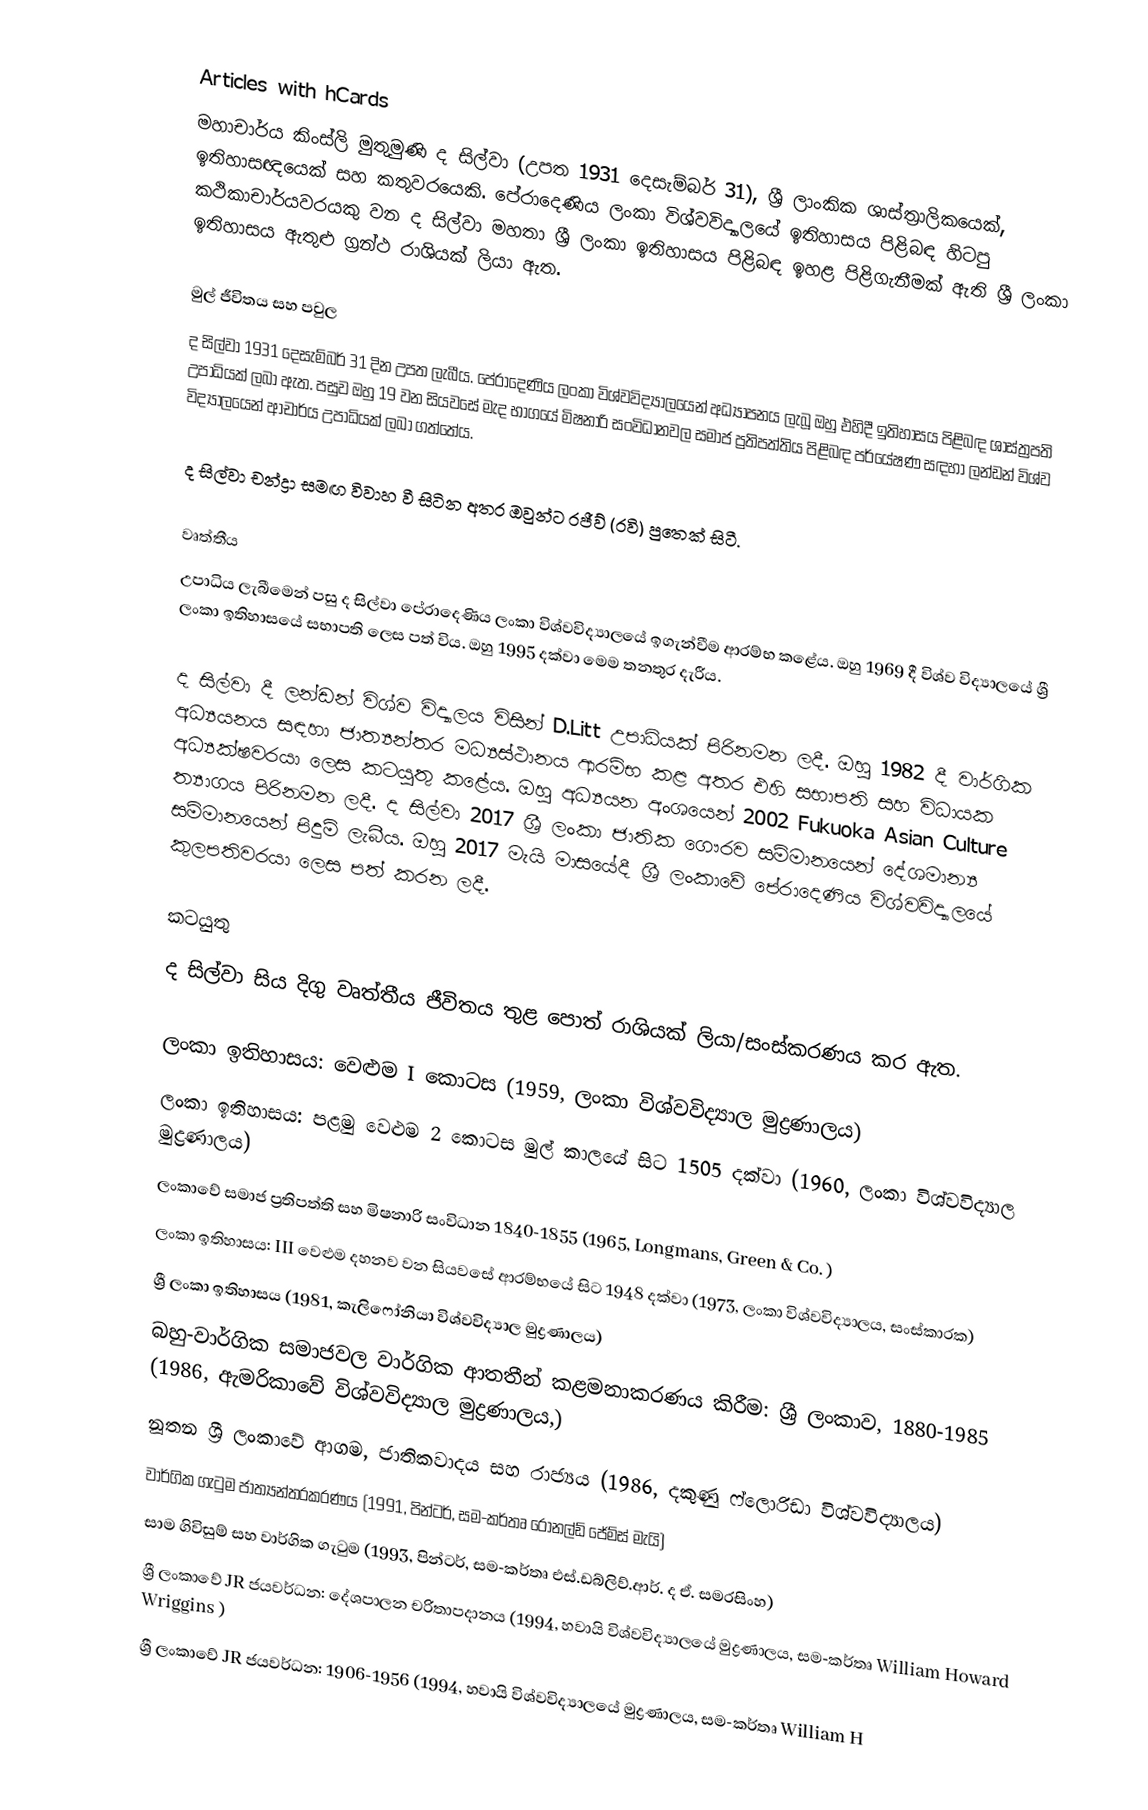
Articles with hCards
මහාචාර්ය කිංස්ලි මුතුමුණි ද සිල්වා (උපත 1931 දෙසැම්බර් 31), ශ්‍රී ලාංකික ශාස්ත්‍රාලිකයෙක්, ඉතිහාසඥයෙක් සහ කතුවරයෙකි. පේරාදෙණිය ලංකා විශ්වවිද්‍යාලයේ ඉතිහාසය පිළිබඳ හිටපු කථිකාචාර්යවරයකු වන ද සිල්වා මහතා ශ්‍රී ලංකා ඉතිහාසය පිළිබඳ ඉහළ පිළිගැනීමක් ඇති ශ්‍රී ලංකා ඉතිහාසය ඇතුළු ග්‍රන්ථ රාශියක් ලියා ඇත.

මුල් ජීවිතය සහ පවුල
ද සිල්වා 1931 දෙසැම්බර් 31 දින උපත ලැබීය. පේරාදෙණිය ලංකා විශ්වවිද්‍යාලයෙන් අධ්‍යාපනය ලැබූ ඔහු එහිදී ඉතිහාසය පිළිබඳ ශාස්ත්‍රපති උපාධියක් ලබා ඇත. පසුව ඔහු 19 වන සියවසේ මැද භාගයේ මිෂනාරි සංවිධානවල සමාජ ප්‍රතිපත්තිය පිළිබඳ පර්යේෂණ සඳහා ලන්ඩන් විශ්ව විද්‍යාලයෙන් ආචාර්ය උපාධියක් ලබා ගත්තේය.

ද සිල්වා චන්ද්‍රා සමඟ විවාහ වී සිටින අතර ඔවුන්ට රජීව් (රවි) පුතෙක් සිටී.

වෘත්තීය
උපාධිය ලැබීමෙන් පසු ද සිල්වා පේරාදෙණිය ලංකා විශ්වවිද්‍යාලයේ ඉගැන්වීම ආරම්භ කළේය. ඔහු 1969 දී විශ්ව විද්‍යාලයේ ශ්‍රී ලංකා ඉතිහාසයේ සභාපති ලෙස පත් විය. ඔහු 1995 දක්වා මෙම තනතුර දැරීය.

ද සිල්වා  දී ලන්ඩන් විශ්ව විද්‍යාලය විසින් D.Litt උපාධියක් පිරිනමන ලදී. ඔහු 1982 දී වාර්ගික අධ්‍යයනය සඳහා ජාත්‍යන්තර මධ්‍යස්ථානය ආරම්භ කළ අතර එහි සභාපති සහ විධායක අධ්‍යක්ෂවරයා ලෙස කටයුතු කළේය. ඔහු අධ්‍යයන අංශයෙන් 2002 Fukuoka Asian Culture ත්‍යාගය පිරිනමන ලදී. ද සිල්වා 2017 ශ්‍රී ලංකා ජාතික ගෞරව සම්මානයෙන් දේශමාන්‍ය සම්මානයෙන් පිදුම් ලැබීය. ඔහු 2017 මැයි මාසයේදී ශ්‍රී ලංකාවේ පේරාදෙණිය විශ්වවිද්‍යාලයේ කුලපතිවරයා ලෙස පත් කරන ලදී.

කටයුතු
ද සිල්වා සිය දිගු වෘත්තීය ජීවිතය තුළ පොත් රාශියක් ලියා/සංස්කරණය කර ඇත.

 ලංකා ඉතිහාසය: වෙළුම I කොටස (1959, ලංකා විශ්වවිද්‍යාල මුද්‍රණාලය)
 ලංකා ඉතිහාසය: පළමු වෙළුම 2 කොටස මුල් කාලයේ සිට 1505 දක්වා (1960, ලංකා විශ්වවිද්‍යාල මුද්‍රණාලය)
 ලංකාවේ සමාජ ප්‍රතිපත්ති සහ මිෂනාරි සංවිධාන 1840-1855 (1965, Longmans, Green & Co. )
 ලංකා ඉතිහාසය: III වෙළුම දහනව වන සියවසේ ආරම්භයේ සිට 1948 දක්වා (1973, ලංකා විශ්වවිද්‍යාලය, සංස්කාරක)
 ශ්‍රී ලංකා ඉතිහාසය (1981, කැලිෆෝනියා විශ්වවිද්‍යාල මුද්‍රණාලය)
 බහු-වාර්ගික සමාජවල වාර්ගික ආතතීන් කළමනාකරණය කිරීම: ශ්‍රී ලංකාව, 1880-1985 (1986, ඇමරිකාවේ විශ්වවිද්‍යාල මුද්‍රණාලය,)
 නූතන ශ්‍රී ලංකාවේ ආගම, ජාතිකවාදය සහ රාජ්‍යය (1986, දකුණු ෆ්ලොරිඩා විශ්වවිද්‍යාලය)
 වාර්ගික ගැටුම ජාත්‍යන්තරකරණය (1991, පින්ටර්, සම-කර්තෘ රොනල්ඩ් ජේම්ස් මැයි)
 සාම ගිවිසුම් සහ වාර්ගික ගැටුම (1993, පින්ටර්, සම-කර්තෘ එස්.ඩබ්ලිව්.ආර්. ද ඒ. සමරසිංහ)
 ශ්‍රී ලංකාවේ JR ජයවර්ධන: දේශපාලන චරිතාපදානය (1994, හවායි විශ්වවිද්‍යාලයේ මුද්‍රණාලය, සම-කර්තෘ William Howard Wriggins )
 ශ්‍රී ලංකාවේ JR ජයවර්ධන: 1906-1956 (1994, හවායි විශ්වවිද්‍යාලයේ මුද්‍රණාලය, සම-කර්තෘ William H